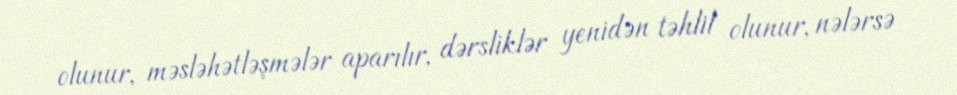
olunur, məsləhətləşmələr aparılır, dərsliklər yenidən təhlil olunur, nələrsə